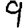
Digit: 9